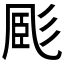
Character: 𢒝